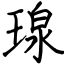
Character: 瑔